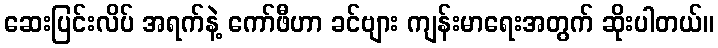
ဆေးပြင်းလိပ် အရက်နဲ့ ကော်ဖီဟာ ခင်ဗျား ကျန်းမာရေးအတွက် ဆိုးပါတယ်။